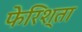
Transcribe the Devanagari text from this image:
फेरिश्ता